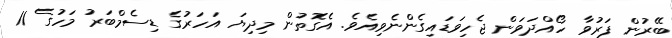
ބޭރުން ފަރުވާ ހޯއްދަވަން ޖެހިވަޑައިގެންނެވިއެވެ. އެގޮތުން މިދިޔަ އަހަރުގެ ޑިސެމްބަރު މަހުގެ 11